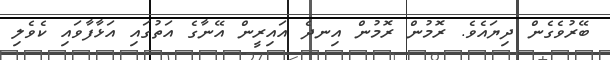
ބޭރުވެގެން ދިޔައެވެ. ރޮމުން ރޮމުން އިނދެ އައިރީން އޭނާގެ އަތުގައި އަޅާފާވައި ކެވެލި